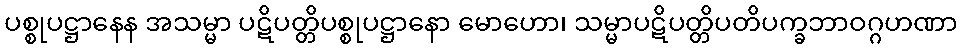
ပစ္စုပဋ္ဌာနေန အသမ္မာ ပဋိပတ္တိပစ္စုပဋ္ဌာနော မောဟော၊ သမ္မာပဋိပတ္တိပတိပက္ခဘာဝဂ္ဂဟဏာ